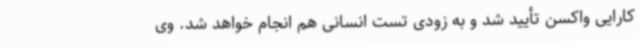
کارایی واکسن تأیید شد و به زودی تست انسانی هم انجام خواهد شد. وی